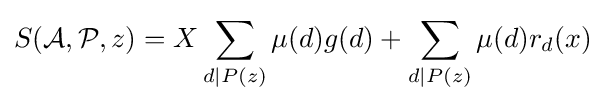
S({\mathcal {A}},{\mathcal {P}},z)=X\sum \limits _{d\mid P(z)}\mu (d)g(d)+\sum \limits _{d\mid P(z)}\mu (d)r_{d}(x)